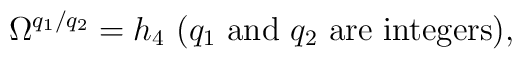
\Omega ^{q_{1}/q_{2}}=h_{4}~(q_{1}\mbox{ and }q_{2}\mbox{ are integers}),